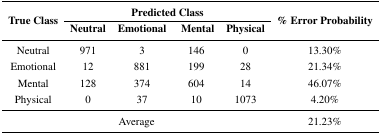
| <ROWSPAN=2> True Class | <COLSPAN=4> Predicted Class | <ROWSPAN=2> % Error Probability |
 | Neutral | Emotional | Mental | Physical |
 | --- | --- | --- | --- | --- | --- |
 | Neutral | 971 | 3 | 146 | 0 | 13.30% |
 | Emotional | 12 | 881 | 199 | 28 | 21.34% |
 | Mental | 128 | 374 | 604 | 14 | 46.07% |
 | Physical | 0 | 37 | 10 | 1073 | 4.20% |
 | <COLSPAN=5> Average | 21.23% |